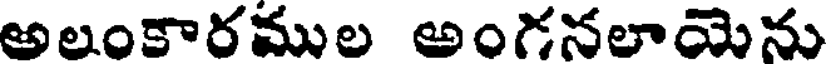
అలంకారముల అంగనలాయెను